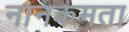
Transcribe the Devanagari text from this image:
नानकमता